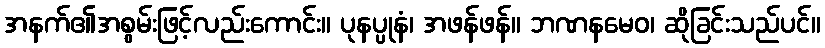
အနက်၏အစွမ်းဖြင့်လည်းကောင်း။ ပုနပ္ပုနံ၊ အဖန်ဖန်။ ဘဏနမေဝ၊ ဆိုခြင်းသည်ပင်။